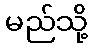
မည်သို့